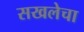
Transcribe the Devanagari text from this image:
सखलेचा